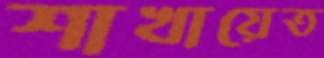
শাখায়েত